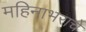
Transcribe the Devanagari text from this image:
महिनाभराचे